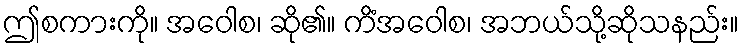
ဤစကားကို။ အဝေါစ၊ ဆို၏။ ကိံအဝေါစ၊ အဘယ်သို့ဆိုသနည်း။